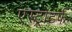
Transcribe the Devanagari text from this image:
एस्ट्रोटर्फ